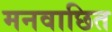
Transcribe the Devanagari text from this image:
मनवाछित